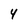
Character: 4